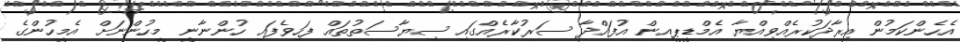
އެހެންކަމުން އިރާދަކުރެއްވިއްޔާ އެމްޑީޕީއިން އުފައްދާ ސަރުކާރެއްގައި ސިޔާސަތުތައް ފަހިވެފައި ހުންނާނީ މީހުންނަށް އެމީހުންގެ